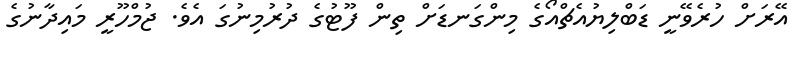
އޭރަށް ހުރެވޭނީ ޑަބްލިޔުއެޗްއޯގެ މިންގަނޑަށް ތިން ފޫޓުގެ ދުރުމިނުގަ އެވެ. ޖުމްހޫރީ މައިދާނުގެ